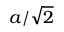
a / \sqrt 2